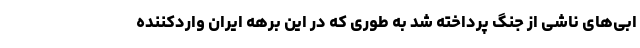
ابی‌های ناشی از جنگ پرداخته شد به طوری که در این برهه ایران واردکننده